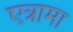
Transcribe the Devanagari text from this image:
एत्रामा